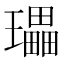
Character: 瓃